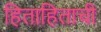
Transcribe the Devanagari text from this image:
हिताहिताची